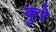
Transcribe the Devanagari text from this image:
कुरे